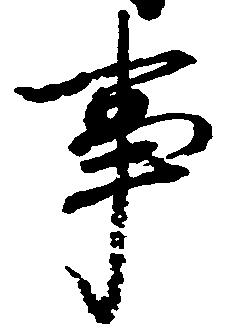
事